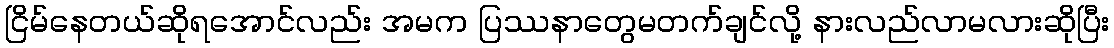
ငြိမ်နေတယ်ဆိုရအောင်လည်း အမက ပြဿနာတွေမတက်ချင်လို့ နားလည်လာမလားဆိုပြီး